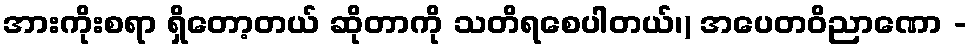
အားကိုးစရာ ရှိတော့တယ် ဆိုတာကို သတိရစေပါတယ်၊) အပေတဝိညာဏော -